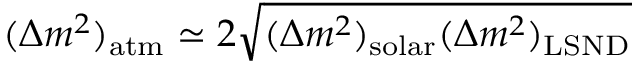
( \Delta m ^ { 2 } ) _ { \mathrm { a t m } } \simeq 2 \sqrt { ( \Delta m ^ { 2 } ) _ { \mathrm { s o l a r } } ( \Delta m ^ { 2 } ) _ { \mathrm { L S N D } } }